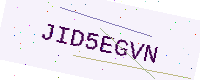
Text: JID5EGVN